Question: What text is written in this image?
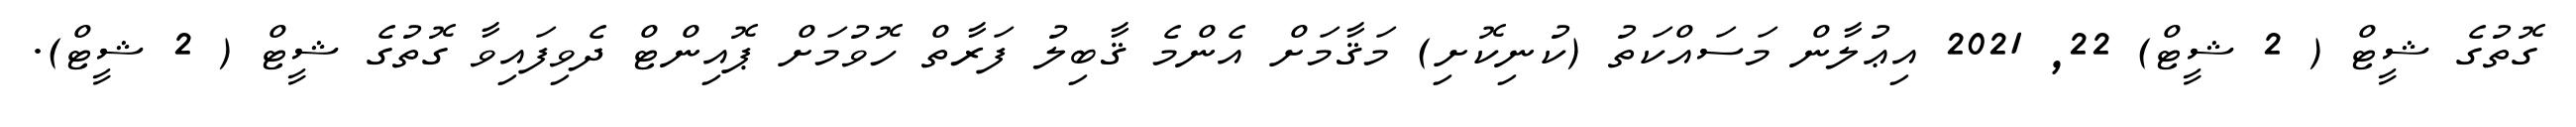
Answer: ގޮތުގެ ޝީޓް ( 2 ޝީޓް) 22, 2021 އިޢުލާން މަސައްކަތު (ކުނިކޮށި) މަޤާމަށް އެންމެ ޤާބިލު ފަރާތް ހޮވުމަށް ޕޮއިންޓް ދެވިފައިވާ ގޮތުގެ ޝީޓް ( 2 ޝީޓް).